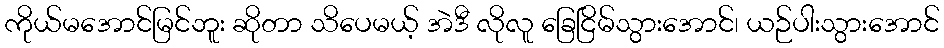
ကိုယ်မအောင်မြင်ဘူး ဆိုတာ သိပေမယ့် အဲဒီ လိုလူ ခြေငြိမ်သွားအောင်၊ ယဉ်ပါးသွားအောင်